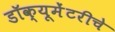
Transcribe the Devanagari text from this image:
डॉक्यूमेंटरीचे